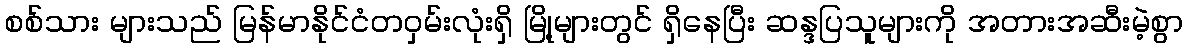
စစ်သား များသည် မြန်မာနိုင်ငံတဝှမ်းလုံးရှိ မြို့များတွင် ရှိနေပြီး ဆန္ဒပြသူများကို အတားအဆီးမဲ့စွာ